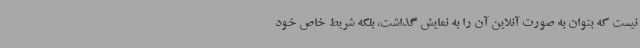
نیست که بتوان به صورت آنلاین آن را به نمایش گذاشت، بلکه شریط خاص خود